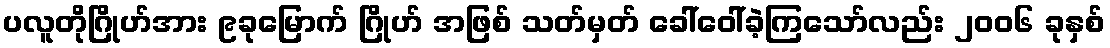
ပလူတိုဂြိုဟ်အား ၉ခုမြောက် ဂြိုဟ် အဖြစ် သတ်မှတ် ခေါ်ဝေါ်ခဲ့ကြသော်လည်း ၂၀၀၆ ခုနှစ်